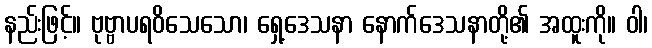
နည်းဖြင့်။ ဗုဗ္ဗာပရဝိသေသော၊ ရှေ့ဒေသနာ နောက်ဒေသနာတို့၏ အထူးကို။ ဝါ၊